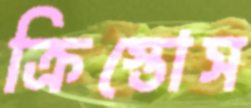
ক্রিস্তোস